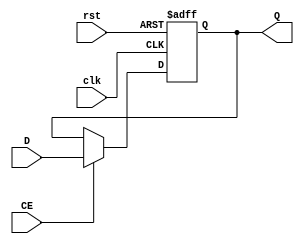
`timescale 1ns / 1ps

module REG32(
    input clk,
    input rst,
    input CE,
    input[31:0] D,
    output reg[31:0] Q
    );

    always @(posedge clk or posedge rst) begin
        if(rst) Q=32'b0;
        else if(CE) Q=D;
    end
endmodule